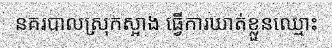
នគរបាលស្រុកស្អាង ធ្វើការឃាត់ខ្លួនឈ្មោះ